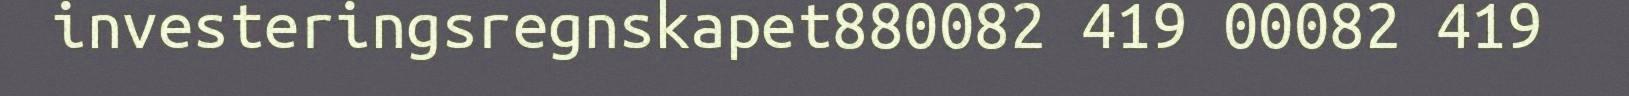
investeringsregnskapet880082 419 00082 419